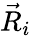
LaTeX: \vec{R}_{i}